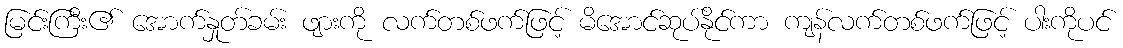
မြင်းကြီး၏ အောက်နှုတ်ခမ်း ဖျားကို လက်တစ်ဖက်ဖြင့် မိအောင်ဆုပ်နိုင်ကာ ကျန်လက်တစ်ဖက်ဖြင့် ပါးကိုပင်